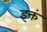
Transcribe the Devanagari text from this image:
इक्तं